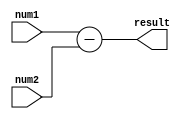
module fixed_point_subtractor (
    input [7:0] num1, // first fixed-point number
    input [7:0] num2, // second fixed-point number
    output reg [7:0] result // result of subtraction
);

reg [7:0] temp_result; // temporary result for subtraction

always @* begin
    temp_result = num1 - num2; // perform subtraction operation
end

always @* begin
    result = temp_result; // assign result to output
end

endmodule